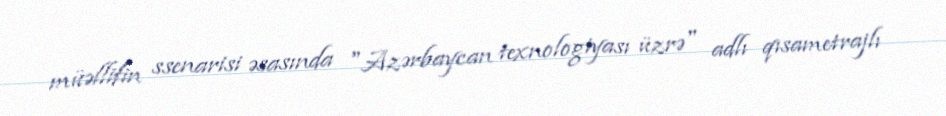
müəllifin ssenarisi əsasında "Azərbaycan texnologiyası üzrə" adlı qısametrajlı